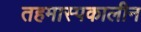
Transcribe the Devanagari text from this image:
तहमास्पकालीन